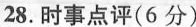
28.时事点评(6分)